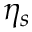
\eta _ { s }